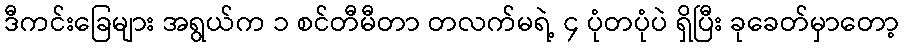
ဒီကင်းခြေများ အရွယ်က ၁ စင်တီမီတာ တလက်မရဲ့ ၄ ပုံတပုံပဲ ရှိပြီး ခုခေတ်မှာတော့